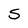
Character: S